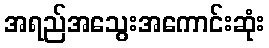
အရည်အသွေးအကောင်းဆုံး